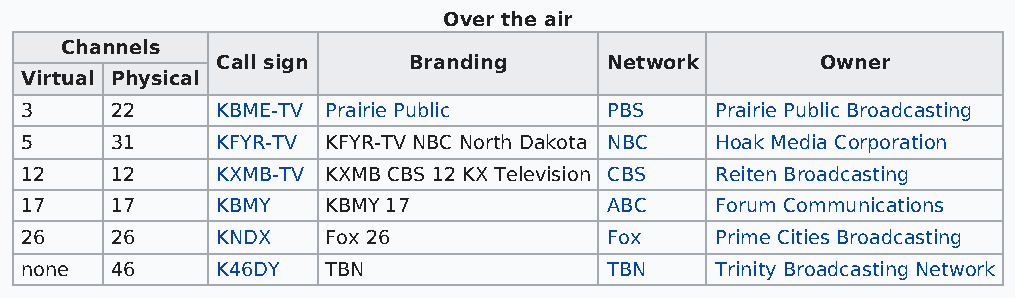
Over the air
 Channels
 Call sign    Branding     Network       Owner
 Virtual Physical
 3     22     KBME-TV Prairie Public    PBS    Prairie Public Broadcasting
 5     31     KFYR-TV KFYR-TV NBC North Dakota NBC Hoak Media Corporation
 12    12     KXMB-TV KXMB CBS 12 KX Television CBS Reiten Broadcasting
 17    17     KBMY    KBMY 17           ABC    Forum Communications
 26    26     KNDX    Fox 26            Fox    Prime Cities Broadcasting
 none  46     K46DY   TBN               TBN    Trinity Broadcasting Network